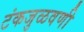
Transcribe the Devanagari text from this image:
टंकजुळवणी